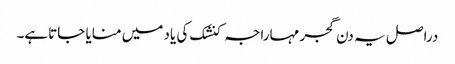
دراصل یہ دن گجر مہاراجہ کنشک کی یاد میں منایا جاتاہے۔